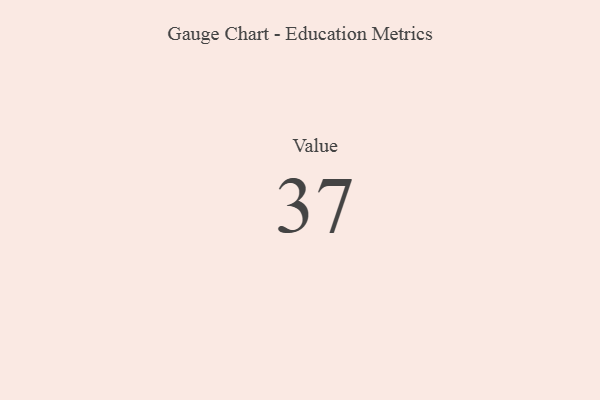
{"axis": {"x": "Metric", "y": "Value"}, "legend": [""], "data": [{"x": "Value", "y": 37, "type": ""}]}